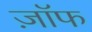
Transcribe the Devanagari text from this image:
ज़ॉफ